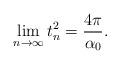
LaTeX: \begin{align*}\lim_{n\to \infty} t_n^2 = \dfrac{4\pi}{\alpha_0}.\end{align*}